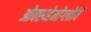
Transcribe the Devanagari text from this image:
ओक्स्य्हेमोग्लोबिं